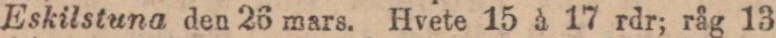
Eskilstuna den 26 mars. Hvete 15 à 17 rdr; råg 13